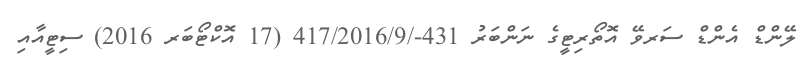
ލޭންޑް އެންޑް ސަރވޭ އޮތޯރިޓީގެ ނަންބަރު 431-/417/2016/9 (17 އޮކްޓޯބަރ 2016) ސިޓީއާއި